Vaccination United Provinces of Agra and Oudh 1902-1913 - 1902-1913
Year: 1902
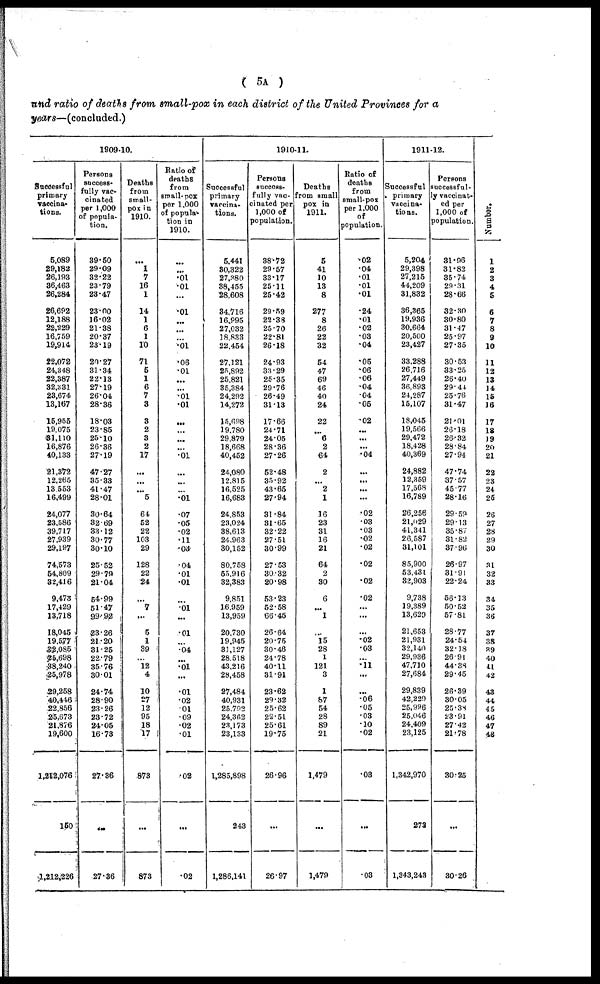
( 5A )
and ratio of deaths from small-pox in each district of the United Provinces for a
years—(concluded.)
1909-10.
Successful
primary
vaccina¬
tions.
5,089
29,182
26,193
36,463
26,284
26,692
12,188
22,229
16,759
19,914
22,072
24,348
22,387
32,331
23,674
13,167
15,955
19,075
31,110
16,876
40,133
21,372
12,265
13,553
16,499
24,077
23,586
39,717
27,939
29,197
74,573
54,809
32,416
9,473
17,429
13,718
18,045
19,577
22,085
25,698
38,240
25,978
29,258
40,446
22,856
25,673
21,876
19,600
1,212,076
150
1,212,226
Persons
success¬
fully vac-
cinated
per 1,000
of popula-
tion.
39.50
29.09
32.22
23.79
23.47
23.00
16.02
21.38
20.37
23.19
20.27
31.34
22.13
27.19
26.04
28.36
18.03
23.85
25.10
26.36
27.19
47.27
35.33
41.47
28.01
30.64
32.69
33.12
30.77
30.10
25.52
29.79
21.04
54.99
51.47
99.92
23.26
21.20
31.25
22.79
35.76
30.01
24.74
28.90
23.26
23.72
24.05
16.73
27.36
...
27.36
Deaths
from
small-
pox in
1910.
...
1
7
16
1
14
1
6
1
10
71
5
1
6
7
3
3
2
3
2
17
...
...
...
5
64
52
22
103
29
128
22
24
...
7
...
5
1
39
...
12
4
10
27
12
95
18
17
873
...
873
Ratio of
deaths
from
small-pox
per 1,000
of popula¬
tion in
1910.
...
...
.01
.01
...
.01
...
...
...
.01
.06
.01
...
...
.01
.01
...
...
...
...
.01
...
...
...
.01
.07
.05
.02
.11
.03
.04
.01
.01
...
.01
...
.01
...
.04
...
.01
...
.01
.02
.01
.09
.02
.01
.02
...
.02
1910-11.
Successful
primary
vaccina-
tions.
5,441
30,322
27,380
38,455
28,608
34,716
16,995
27,032
18,833
22,454
27,121
25,892
25,821
35,384
24,292
14,272
15,698
19,780
29,879
18,668
40,452
24,080
12,815
16,525
16,683
24,853
23,024
38,613
24,963
30,152
80,758
55,916
32,383
9,851
16,959
13,959
20,730
19,945
31,127
28,518
43,216
28,458
27,484
40,931
25,792
24,362
23,173
23,133
1,285,898
243
1,286,141
Persons
success-
fully vac-
cinated per
1,000 of
population.
38.72
29.57
33.17
25.11
25.42
29.59
22.38
25.70
22.81
26.18
24.93
33.29
25.35
29.76
26.49
31.13
17.66
24.71
24.05
28.36
27.26
52.48
35.92
43.65
27.94
31.84
31.65
32.22
27.51
30.99
27.53
30.32
20.98
53.23
52.58
66.45
26.64
20.75
30.46
24.78
40.11
31.91
23.62
29.32
25.62
22.51
25.61
19.75
26.96
...
26.97
Deaths
from small
pox in
1911.
5
41
10
13
8
277
8
26
22
32
54
47
69
46
40
24
22
...
6
2
64
2
...
2
1
16
23
31
16
21
64
2
30
6
...
1
...
15
28
1
121
3
1
87
54
28
89
21
1,479
...
1,479
Ratio of
deaths
from
small-pox
per 1,000
of
population.
.02
.04
.01
.01
.01
.24
.01
.02
.03
.04
.05
.06
.06
.04
.04
.05
.02
...
...
...
.04
...
...
...
...
.02
.03
.03
.02
.02
.02
...
.02
.02
...
...
...
.02
.03
...
.11
...
...
.06
.05
.03
.10
.02
.03
...
.03
1911-12.
Successful
primary
vaccina¬
tions.
5,204
29,398
27,215
44,209
31,832
36,365
19,936
30,664
20,500
23,427
33,288
26,716
27,449
36,893
24,287
15,107
18,045
19,566
29,472
18,428
40,369
24,882
12,359
17,568
16,789
26,256
21,029
41,341
26,587
31,101
85,900
53,431
32,903
9,738
19,389
13,629
21,653
21,931
32,140
29,936
47,710
27,684
29,839
42,229
25,996
25,046
24,409
23,125
1,342,970
273
1,343,243
Persons
successful-
ly vaccinat-
ed per
1,000 of
population.
31.96
31.82
35.74
29.31
28.66
32.30
30.80
31.47
25.97
27.35
30.53
33.25
26.40
29.44
25.76
31.47
21.01
26.18
26.32
28.84
27.94
47.74
37.57
45.77
28.16
29.59
29.13
35.87
31.82
37.96
26.97
31.91
22.24
56.13
50.52
57.81
28.77
24.54
32.18
26.91
44.38
29.45
26.39
30.05
25.38
23.91
27.42
21.78
30.25
...
30.26
Number.
1
2
3
4
5
6
7
8
9
10
11
12
13
14
15
16
17
18
19
20
21
22
23
24
25
26
27
28
29
30
31
32
33
34
35
36
37
38
39
40
41
42
43
44
45
46
47
48